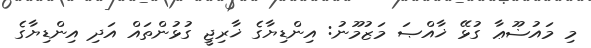
މި މައުޟޫޢާ ގުޅޭ ޚާއްޞަ މަޒުމޫނު: އިންޑިޔާގެ ޚާރިޖީ ގުޅުންތައް އަދި އިންޑިޔާގެ